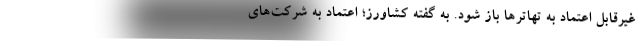
غیرقابل اعتماد به تهاترها باز شود. به گفته کشاورز؛ اعتماد به شرکت‌های